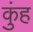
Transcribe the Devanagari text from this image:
कुंह